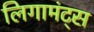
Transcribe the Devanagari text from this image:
लिगामंट्स